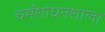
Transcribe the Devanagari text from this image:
चर्मशोधनशाला